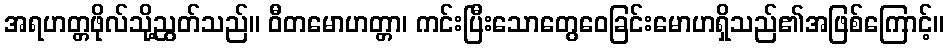
အရဟတ္တဖိုလ်သို့ညွတ်သည်။ ဝီတမောဟတ္တာ၊ ကင်းပြီးသောတွေဝေခြင်းမောဟရှိသည်၏အဖြစ်ကြောင့်။